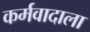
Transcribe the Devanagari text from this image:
कर्मवादाला